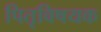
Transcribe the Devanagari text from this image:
पितृविषयक